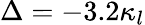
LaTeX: \Delta=-3.2\kappa_{l}